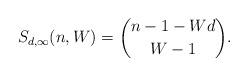
LaTeX: \begin{align*} S_{d,\infty}(n, W) = \binom{ n - 1 - Wd }{ W - 1 } .\end{align*}